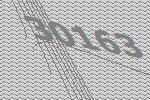
30163